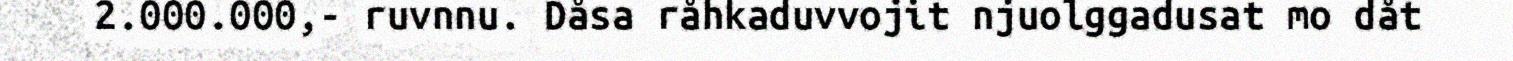
2.000.000,- ruvnnu. Dåsa råhkaduvvojit njuolggadusat mo dåt